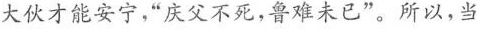
大伙才能安宁，”庆父不死，鲁难未已”。所以，当